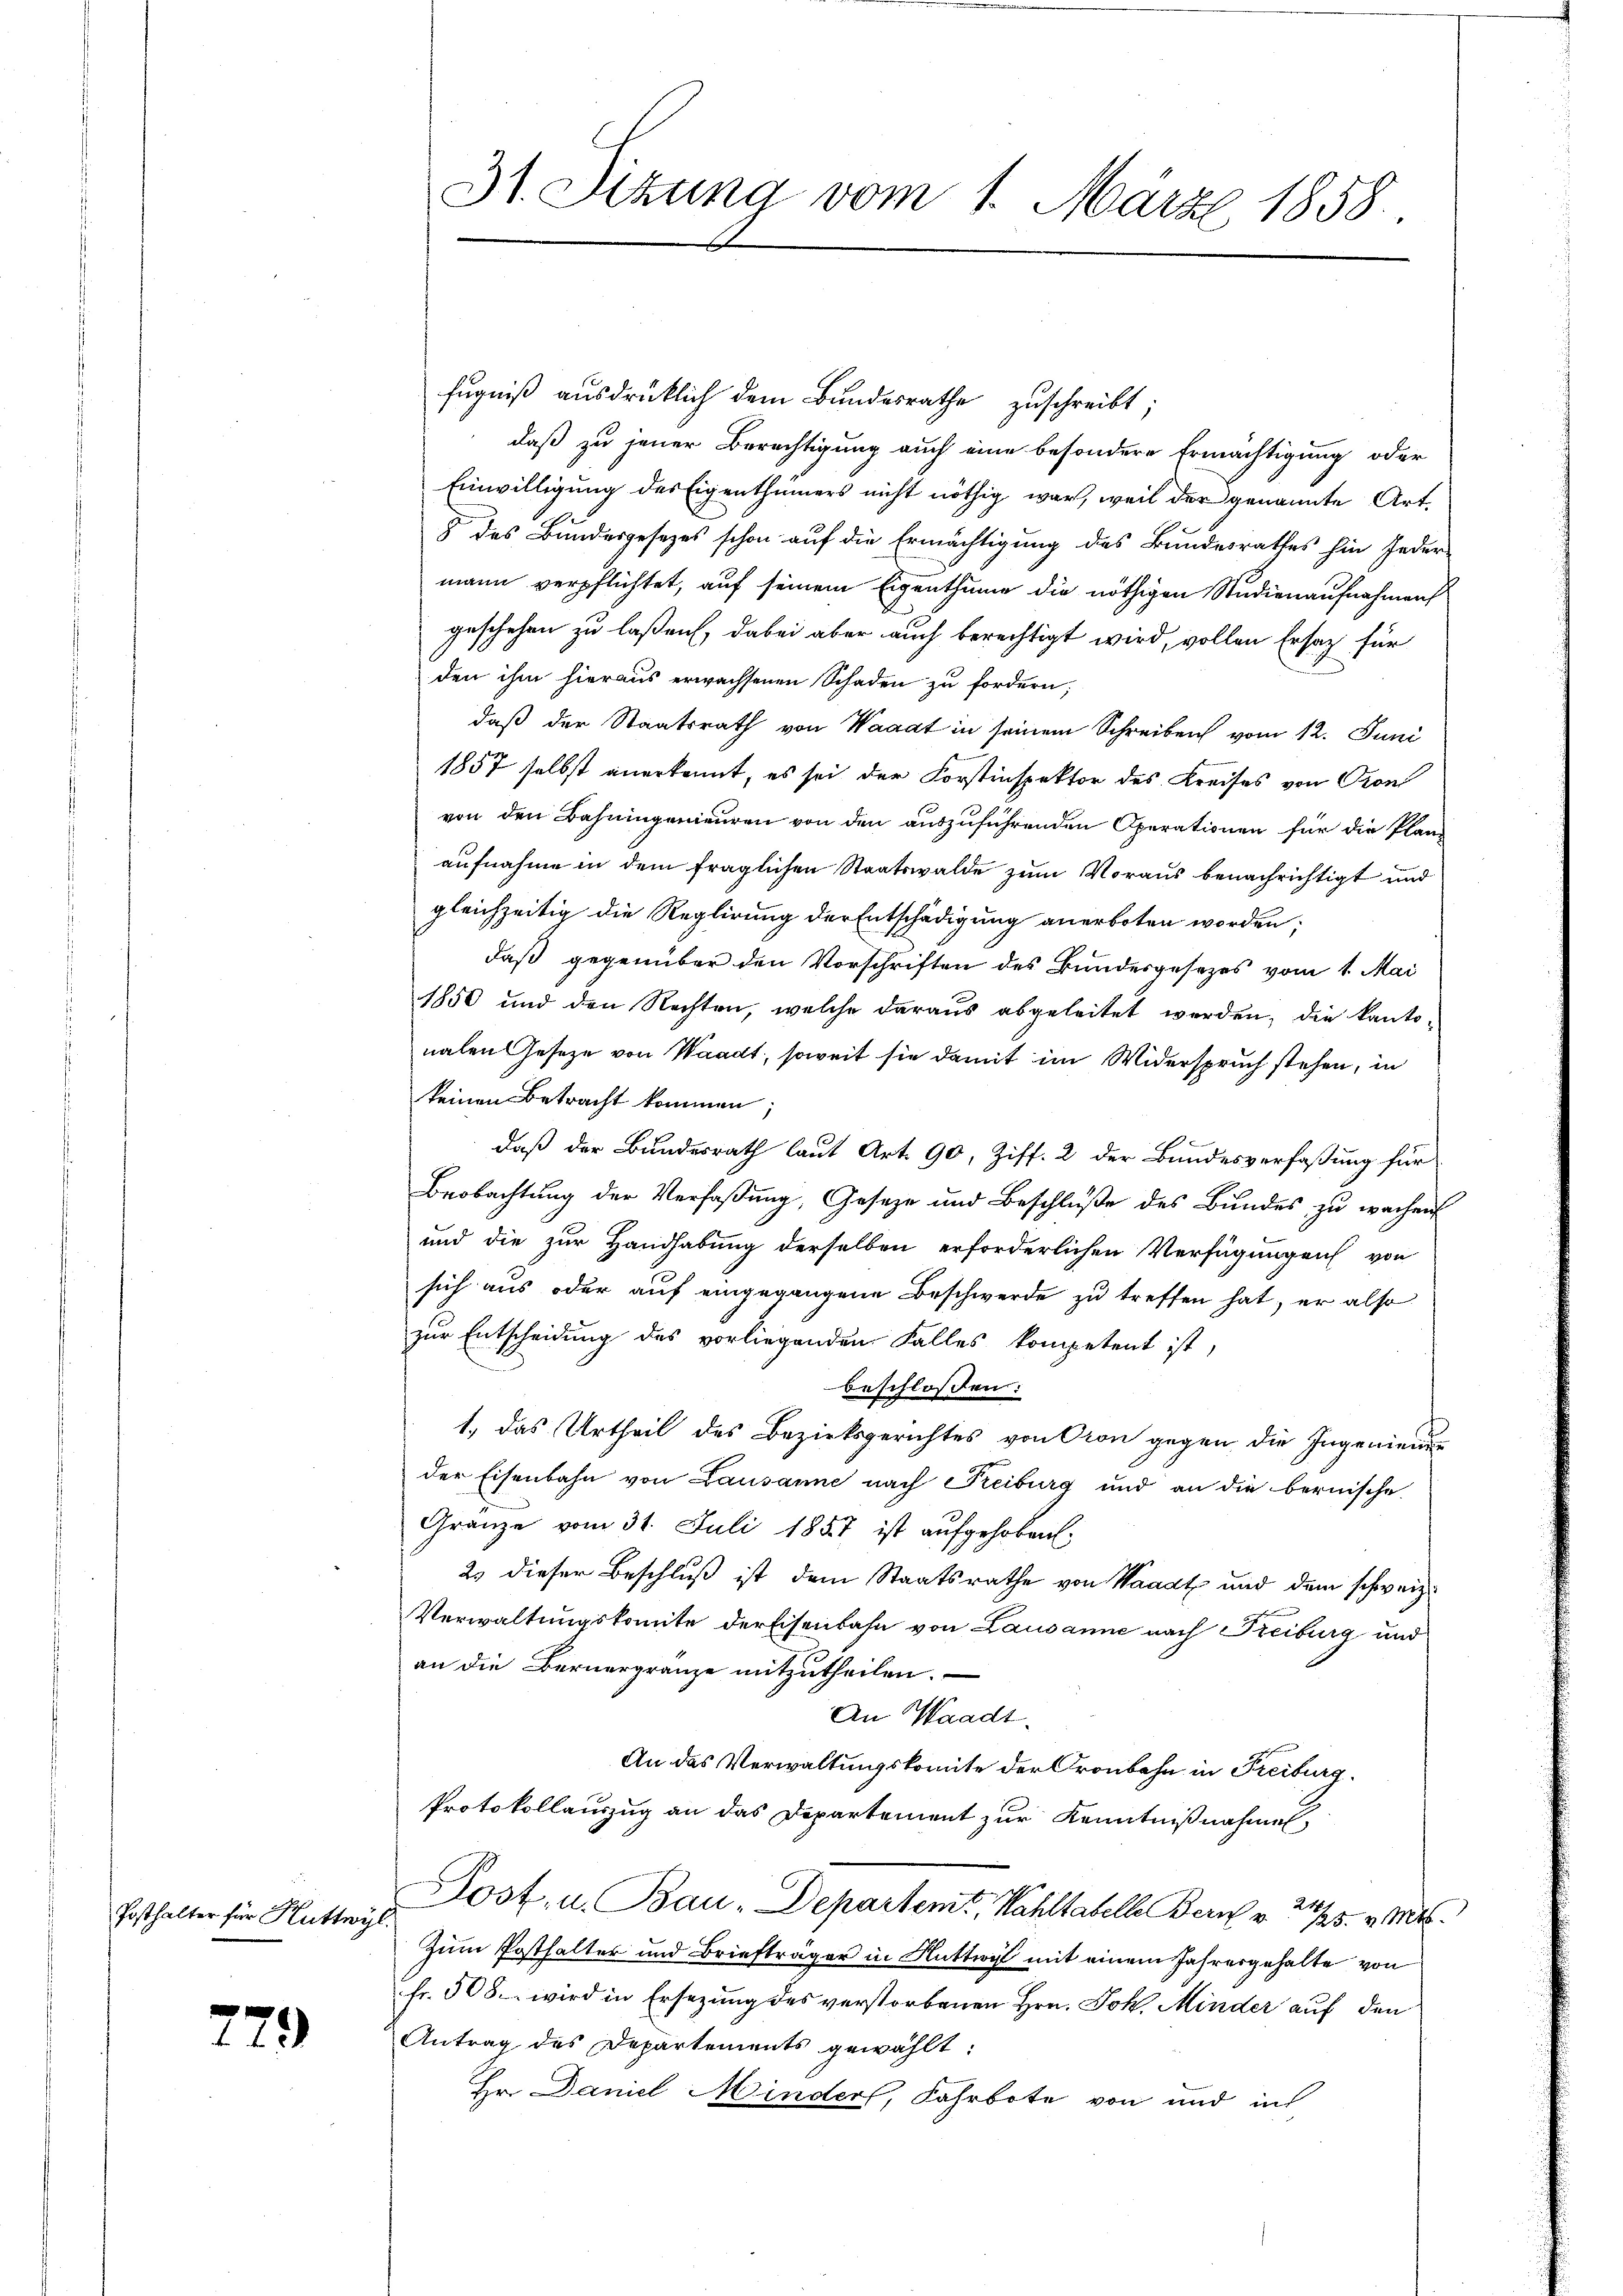
Posthalter für Huttwyl

779

fugniß ausdrücklich dem Bundesrathe zuschreibt;
daß zu jener Berechtigung auch eine besondere Ermächtigung oder
Einwilligung des Eigenthümers nicht nöthig war, weil der genannte Art.
8 des Bundesgesezes schon auf die Ermächtigung des Bundesrathes hin Jedermann verpflichtet, auf seinem Eigenthume die nöthigen Studienaufnahmens
geschehen zu laßen, dabei aber auch berechtigt wird, vollen Ersatz für
den ihm hieraus erwachsenen Schaden zu fordern;
daß der Staatsrath von Waadt in seinem Schreiben vom 12. Juni
1857 selbst anerkennt, es sei der Forstinspektor des Kreises von Cron
von den Bahningenieuren von den auszuführenden Operationen für die Plan
aufnahme in dem fraglichen Staatswalde zum Voraus benachrichtigt und
gleichzeitig die Reglirung der Entschädigung anerboten worden:
daß gegenüber den Vorschriften des Bundesgesezes vom 1. Mai
1850 und den Rechten, welche daraus abgeleitet werden, die kanto-
nalen Gesetze von Waadt, soweit sie damit im Widerspruch stehen, in
keinen Betracht kommen;
daß der Bundesrath laut Art. 90, Ziff. 2 der Bundesverfaßung für
Beobachtung der Verfaßung, Geseze und Beschluße des Bundes zu wachen
und die zur Handhabung derselben erforderlichen Verfügungen von
sich aus oder auf eingegangene Beschwerde zu treffen hat, er also
zur Entscheidung des vorliegenden Falles kompetent ist,
beschloßen:
1., das Urtheil des Bezirksgerichtes von Cron gegen die Ingeniend
der Eisenbahn von Lausanne nach Freiburg und an die bernische
Gränze vom 31. Juli 1857 ist aufgehoben,
2. dieser Beschluß ist dem Staatsrathe von Waadt und dem schweiz.
Verwaltungskomite der Eisenbahn von Lausanne nach Freiburg und
an die Bernergränze mitzutheilen.
An Waadt.
An das Verwaltungskomite der Cronbahn in Freiburg.
Protokollauszug an das Departement zur Kenntnißnahmen,
Post, u. Bau-Departent, Kahltabelle Bern v. 25. v. Mts.
Zum Posthalter und Briefträger in Huttwyl mit einem Jahresgehalte von
fr. 508 wird in Ersezung des verstorbenen Hrn. Joh. Minder auf den
Antrag des Departements gewählt:
Hr. Daniel Minder, Fahrbote von und in

31. Sitzung vom 1. März 1858.